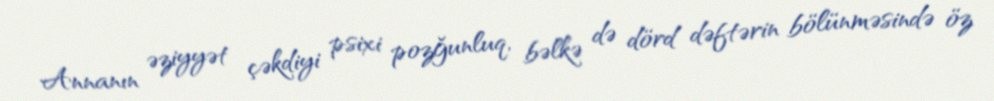
Annanın əziyyət çəkdiyi psixi pozğunluq, bəlkə də dörd dəftərin bölünməsində öz